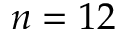
n = 1 2